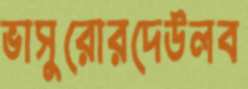
ভাসুরোরদেউলব